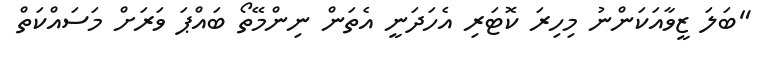
"ބަލަ ޒީވާއަކަންނު މިހިރަ ކޮޓަރި އެހަދަނީ އެތަން ނިންމޭތޯ ބައްޕަ ވަރަށް މަސައްކަތް